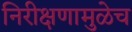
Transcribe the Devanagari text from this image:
निरीक्षणामुळेच